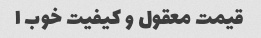
قیمت معقول و کیفیت خوب ا